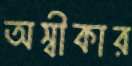
অস্বীকার